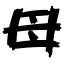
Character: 母